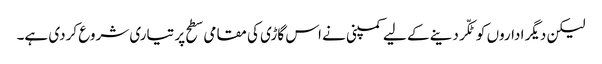
لیکن دیگر اداروں کو ٹکّر دینے کے لیے کمپنی نے اس گاڑی کی مقامی سطح پر تیاری شروع کردی ہے۔